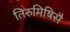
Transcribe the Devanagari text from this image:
तिरुमिषिसै